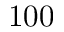
1 0 0